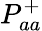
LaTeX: P_{aa}^{+}